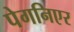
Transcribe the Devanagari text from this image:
पेगनिएर